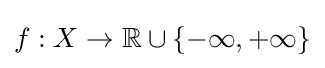
f:X\to \mathbb {R} \cup \{-\infty ,+\infty \}